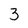
Character: 3